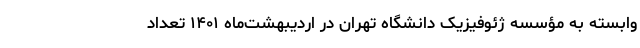
وابسته به مؤسسه ژئوفیزیک دانشگاه تهران در اردیبهشت‌ماه ۱۴۰۱ تعداد